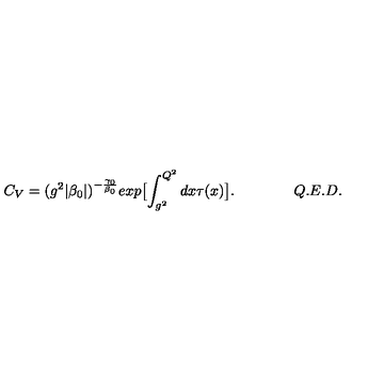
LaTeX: C _ { V } = ( g ^ { 2 } | \beta _ { 0 } | ) ^ { - \frac { \gamma _ { 0 } } { \beta _ { 0 } } } e x p \bigl [ \int _ { g ^ { 2 } } ^ { Q ^ { 2 } } d x \tau ( x ) \bigr ] . \qquad \qquad Q . E . D .